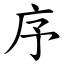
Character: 序